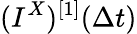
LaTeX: (I^{X})^{[1]}(\Delta t)